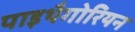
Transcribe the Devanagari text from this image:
पाइथैगोरियन